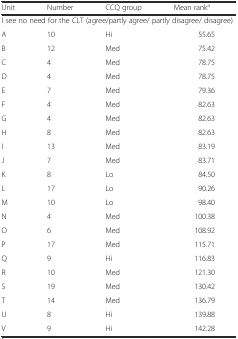
<table><thead><tr><td><b>Unit</b></td><td><b>Number</b></td><td><b>CCQ group</b></td><td><b>Mean rank<sup>a</sup></b></td></tr></thead><tbody><tr><td colspan="4">I see no need for the CLT (agree/partly agree/ partly disagree/ disagree)</td></tr><tr><td>A</td><td>10</td><td>Hi</td><td>55.65</td></tr><tr><td>B</td><td>12</td><td>Med</td><td>75.42</td></tr><tr><td>C</td><td>4</td><td>Med</td><td>78.75</td></tr><tr><td>D</td><td>4</td><td>Med</td><td>78.75</td></tr><tr><td>E</td><td>7</td><td>Med</td><td>79.36</td></tr><tr><td>F</td><td>4</td><td>Med</td><td>82.63</td></tr><tr><td>G</td><td>4</td><td>Med</td><td>82.63</td></tr><tr><td>H</td><td>8</td><td>Med</td><td>82.63</td></tr><tr><td>I</td><td>13</td><td>Med</td><td>83.19</td></tr><tr><td>J</td><td>7</td><td>Med</td><td>83.71</td></tr><tr><td>K</td><td>8</td><td>Lo</td><td>84.50</td></tr><tr><td>L</td><td>17</td><td>Lo</td><td>90.26</td></tr><tr><td>M</td><td>10</td><td>Lo</td><td>98.40</td></tr><tr><td>N</td><td>4</td><td>Med</td><td>100.38</td></tr><tr><td>O</td><td>6</td><td>Med</td><td>108.92</td></tr><tr><td>P</td><td>17</td><td>Med</td><td>115.71</td></tr><tr><td>Q</td><td>9</td><td>Hi</td><td>116.83</td></tr><tr><td>R</td><td>10</td><td>Med</td><td>121.30</td></tr><tr><td>S</td><td>19</td><td>Med</td><td>130.42</td></tr><tr><td>T</td><td>14</td><td>Med</td><td>136.79</td></tr><tr><td>U</td><td>8</td><td>Hi</td><td>139.88</td></tr><tr><td>V</td><td>9</td><td>Hi</td><td>142.28</td></tr></tbody></table>